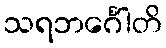
သရဘင်္ဂေါတိ